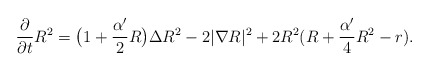
\begin{align*}\frac{\partial}{\partial t}R^2=\big(1+\frac{\alpha'}{2}R\big)\Delta R^2-2|\nabla R|^2+2R^2(R+\frac{\alpha'}{4}R^2-r).\end{align*}